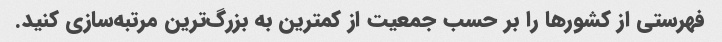
فهرستی از کشورها را بر حسب جمعیت از کمترین به بزرگ‌ترین مرتبه‌سازی کنید.